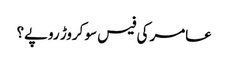
عامر کی فیس سو کروڑ روپے؟